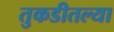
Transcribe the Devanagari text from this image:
तुकडीतल्या